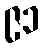
၉၁